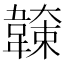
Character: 𩏖